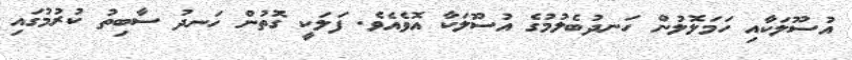
އުސޫލަކާއި ހަމަލޮލުން ހަނދުބެލުމުގެ އުސޫލަކާ އޮވެއެވެ. ފަލަކީ ގޮތުން ހަނދު ސާބިތު ކުރުމުގައި